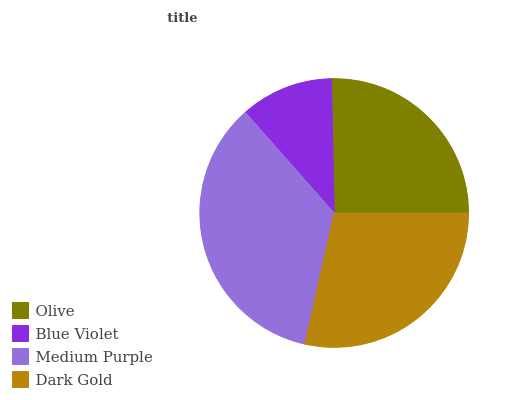
| Olive | Blue Violet | Medium Purple | Dark Gold |
 | --- | --- | --- | --- |
 | 25.3% | 11.2% | 35% | 28.5% |